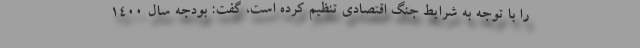
را با توجه به شرایط جنگ اقتصادی تنظیم کرده است، گفت: بودجه سال ۱۴۰۰